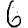
Digit: 6